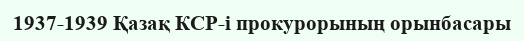
1937-1939 Қазақ КСР-і прокурорының орынбасары